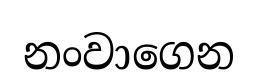
නංවාගෙන